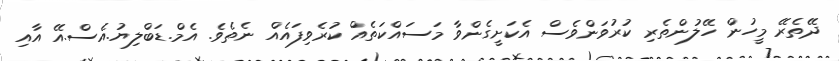
ދޭތެރޭ މީހުން ހޭލުންތެރި ކުރުވަންވެސް އެކަށީގެންވާ މަސައްކަތެއް ކުރެވިފައެއް ނެތެވެ. އެމް.ޑަބްލިޔު.އެސް.އޭ އާއި